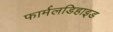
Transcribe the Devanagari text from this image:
फार्मलडिहाइड